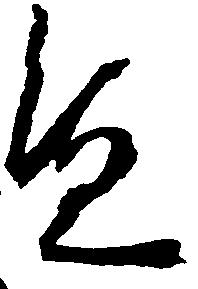
へ